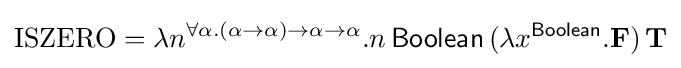
\mathrm {ISZERO} =\lambda n^{\forall \alpha .(\alpha \rightarrow \alpha )\rightarrow \alpha \rightarrow \alpha }{.}n\,{\mathsf {Boolean}}\,(\lambda x^{\mathsf {Boolean}}{.}\mathbf {F} )\,\mathbf {T}